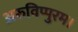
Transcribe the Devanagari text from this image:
अरुविप्पुरम।